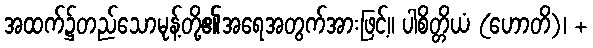
အထက်၌တည်သောမုန့်တို့၏အရေအတွက်အားဖြင့်။ ပါစိတ္တိယံ (ဟောတိ)၊ +